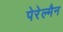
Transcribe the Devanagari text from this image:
पेरेल्मैन